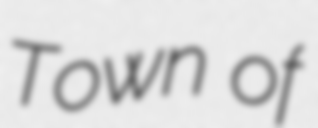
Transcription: Town of